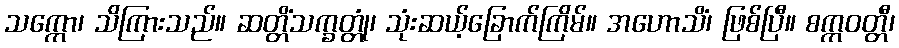
သက္ကော၊ သိကြားသည်။ ဆတ္တိံသက္ခတ္တုံ၊ သုံးဆယ့်ခြောက်ကြိမ်။ အဟောသိံ၊ ဖြစ်ပြီ။ စက္ကဝတ္တီ၊